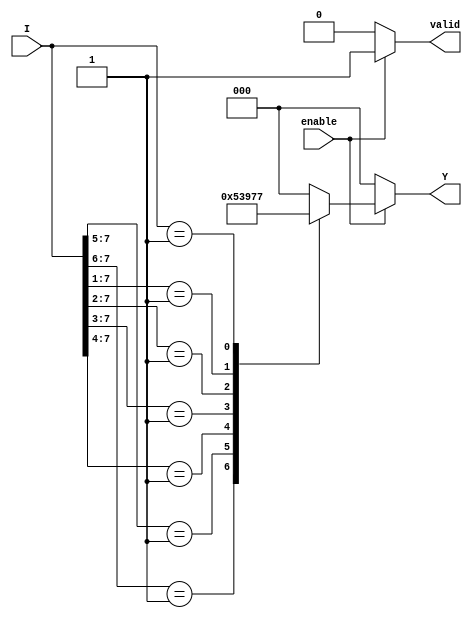
module priority_encoder(
    input wire enable,              // Enable signal
    input wire [7:0] I,            // 8 input lines (I0 to I7)
    output reg [2:0] Y,            // 3-bit output for the index of the highest priority input
    output reg valid                // Output valid signal
);

// Priority Encoding Logic
always @(*) begin
    if (!enable) begin
        Y = 3'b000;   // Default output when not enabled
        valid = 1'b0; // Output is not valid
    end else begin
        valid = 1'b1; // Output is valid
        casez (I)     // Casez allows for don't care conditions
            8'b1???????: Y = 3'd0; // I0 is high
            8'b01??????: Y = 3'd1; // I1 is high
            8'b001?????: Y = 3'd2; // I2 is high
            8'b0001????: Y = 3'd3; // I3 is high
            8'b00001???: Y = 3'd4; // I4 is high
            8'b000001??: Y = 3'd5; // I5 is high
            8'b0000001?: Y = 3'd6; // I6 is high
            8'b00000001: Y = 3'd7; // I7 is high
            default:     Y = 3'b000; // No input is high
        endcase
    end
end

endmodule